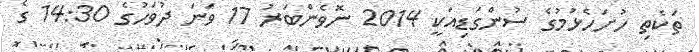
ތަކެތި ހުށަހެޅުމުގެ ސުންގަޑިއަކީ 2014 ނޮވެންބަރު 17 ވަނަ ދުވަހުގެ 14:30 ގެ